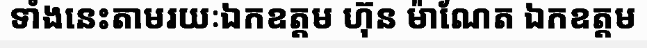
ទាំងនេះតាមរយៈឯកឧត្តម ហ៊ុន ម៉ាណែត ឯកឧត្តម